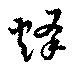
烽